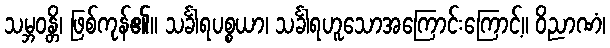
သမ္ဘဝန္တိ၊ ဖြစ်ကုန်၏။ သင်္ခါရပစ္စယာ၊ သင်္ခါရဟူသောအကြောင်းကြောင့်။ ဝိညာဏံ၊